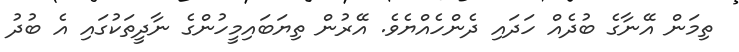
ތިމަން އޭނާގެ ބުދެއް ހަދައި ދެންހެއްޔެވެ. އޭރުން ތިޔަބައިމީހުންގެ ނާދީތަކުގައި އެ ބުދު